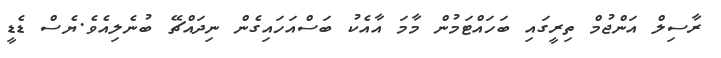
ރާސިލް އަންޖުމް ތިރީގައި ބަހައްޓަމުން މާމަ އާއެކު ބަސްއަހައިގެން ނިދައްޗޭ ބުނެލިއެވެ.ޔެސް ޑެޑީ